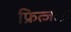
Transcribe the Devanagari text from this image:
फ्रित्जोफ़